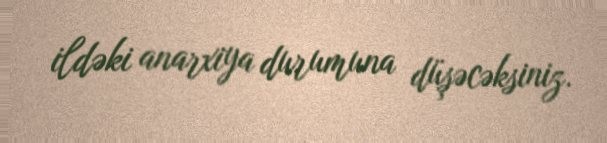
ildəki anarxiya durumuna düşəcəksiniz.